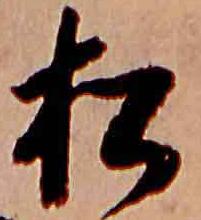
松